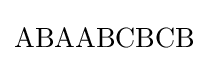
\mathrm {ABAABCBCB}